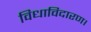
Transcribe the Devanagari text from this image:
विधाविदारण।